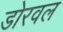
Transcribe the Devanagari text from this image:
डोरवल